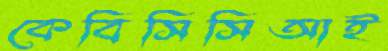
কেবিসিসিআই